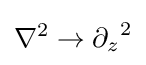
{\nabla }^{2}\rightarrow {\partial _{z}}^{2}